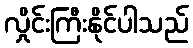
လှိုင်းကြီးနိုင်ပါသည်